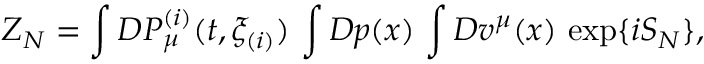
Z _ { N } = \int { \cal D } P _ { \mu } ^ { ( i ) } ( t , \xi _ { ( i ) } ) \, \int { \cal D } p ( x ) \, \int { \cal D } v ^ { \mu } ( x ) \, \exp \{ i S _ { N } \} ,